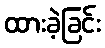
ထားခဲ့ခြင်း